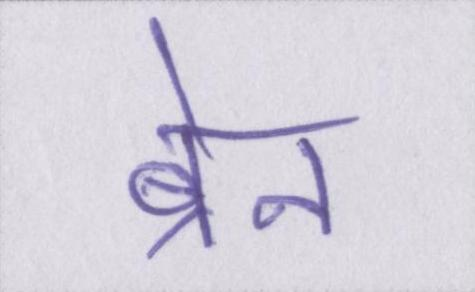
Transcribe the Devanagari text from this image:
ब्रेन